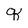
Character: q